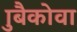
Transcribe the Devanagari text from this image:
ज्रुबैकोवा